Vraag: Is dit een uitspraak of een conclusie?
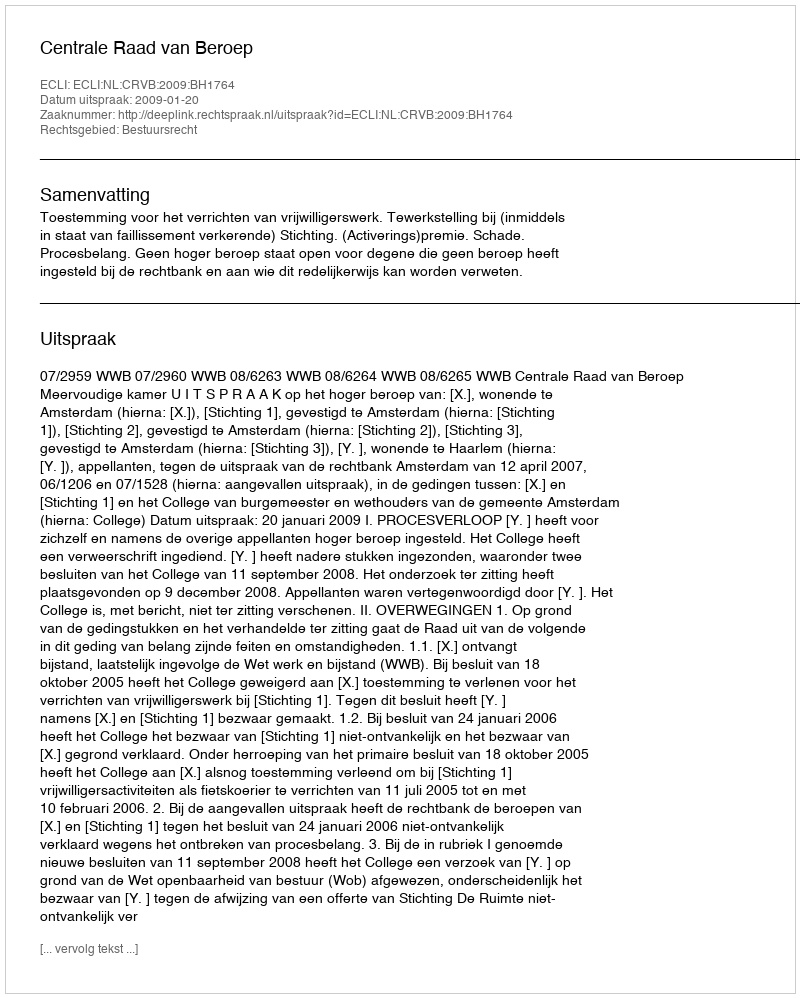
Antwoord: Uitspraak